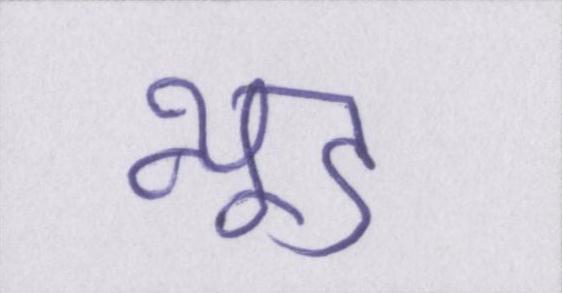
न्यूड